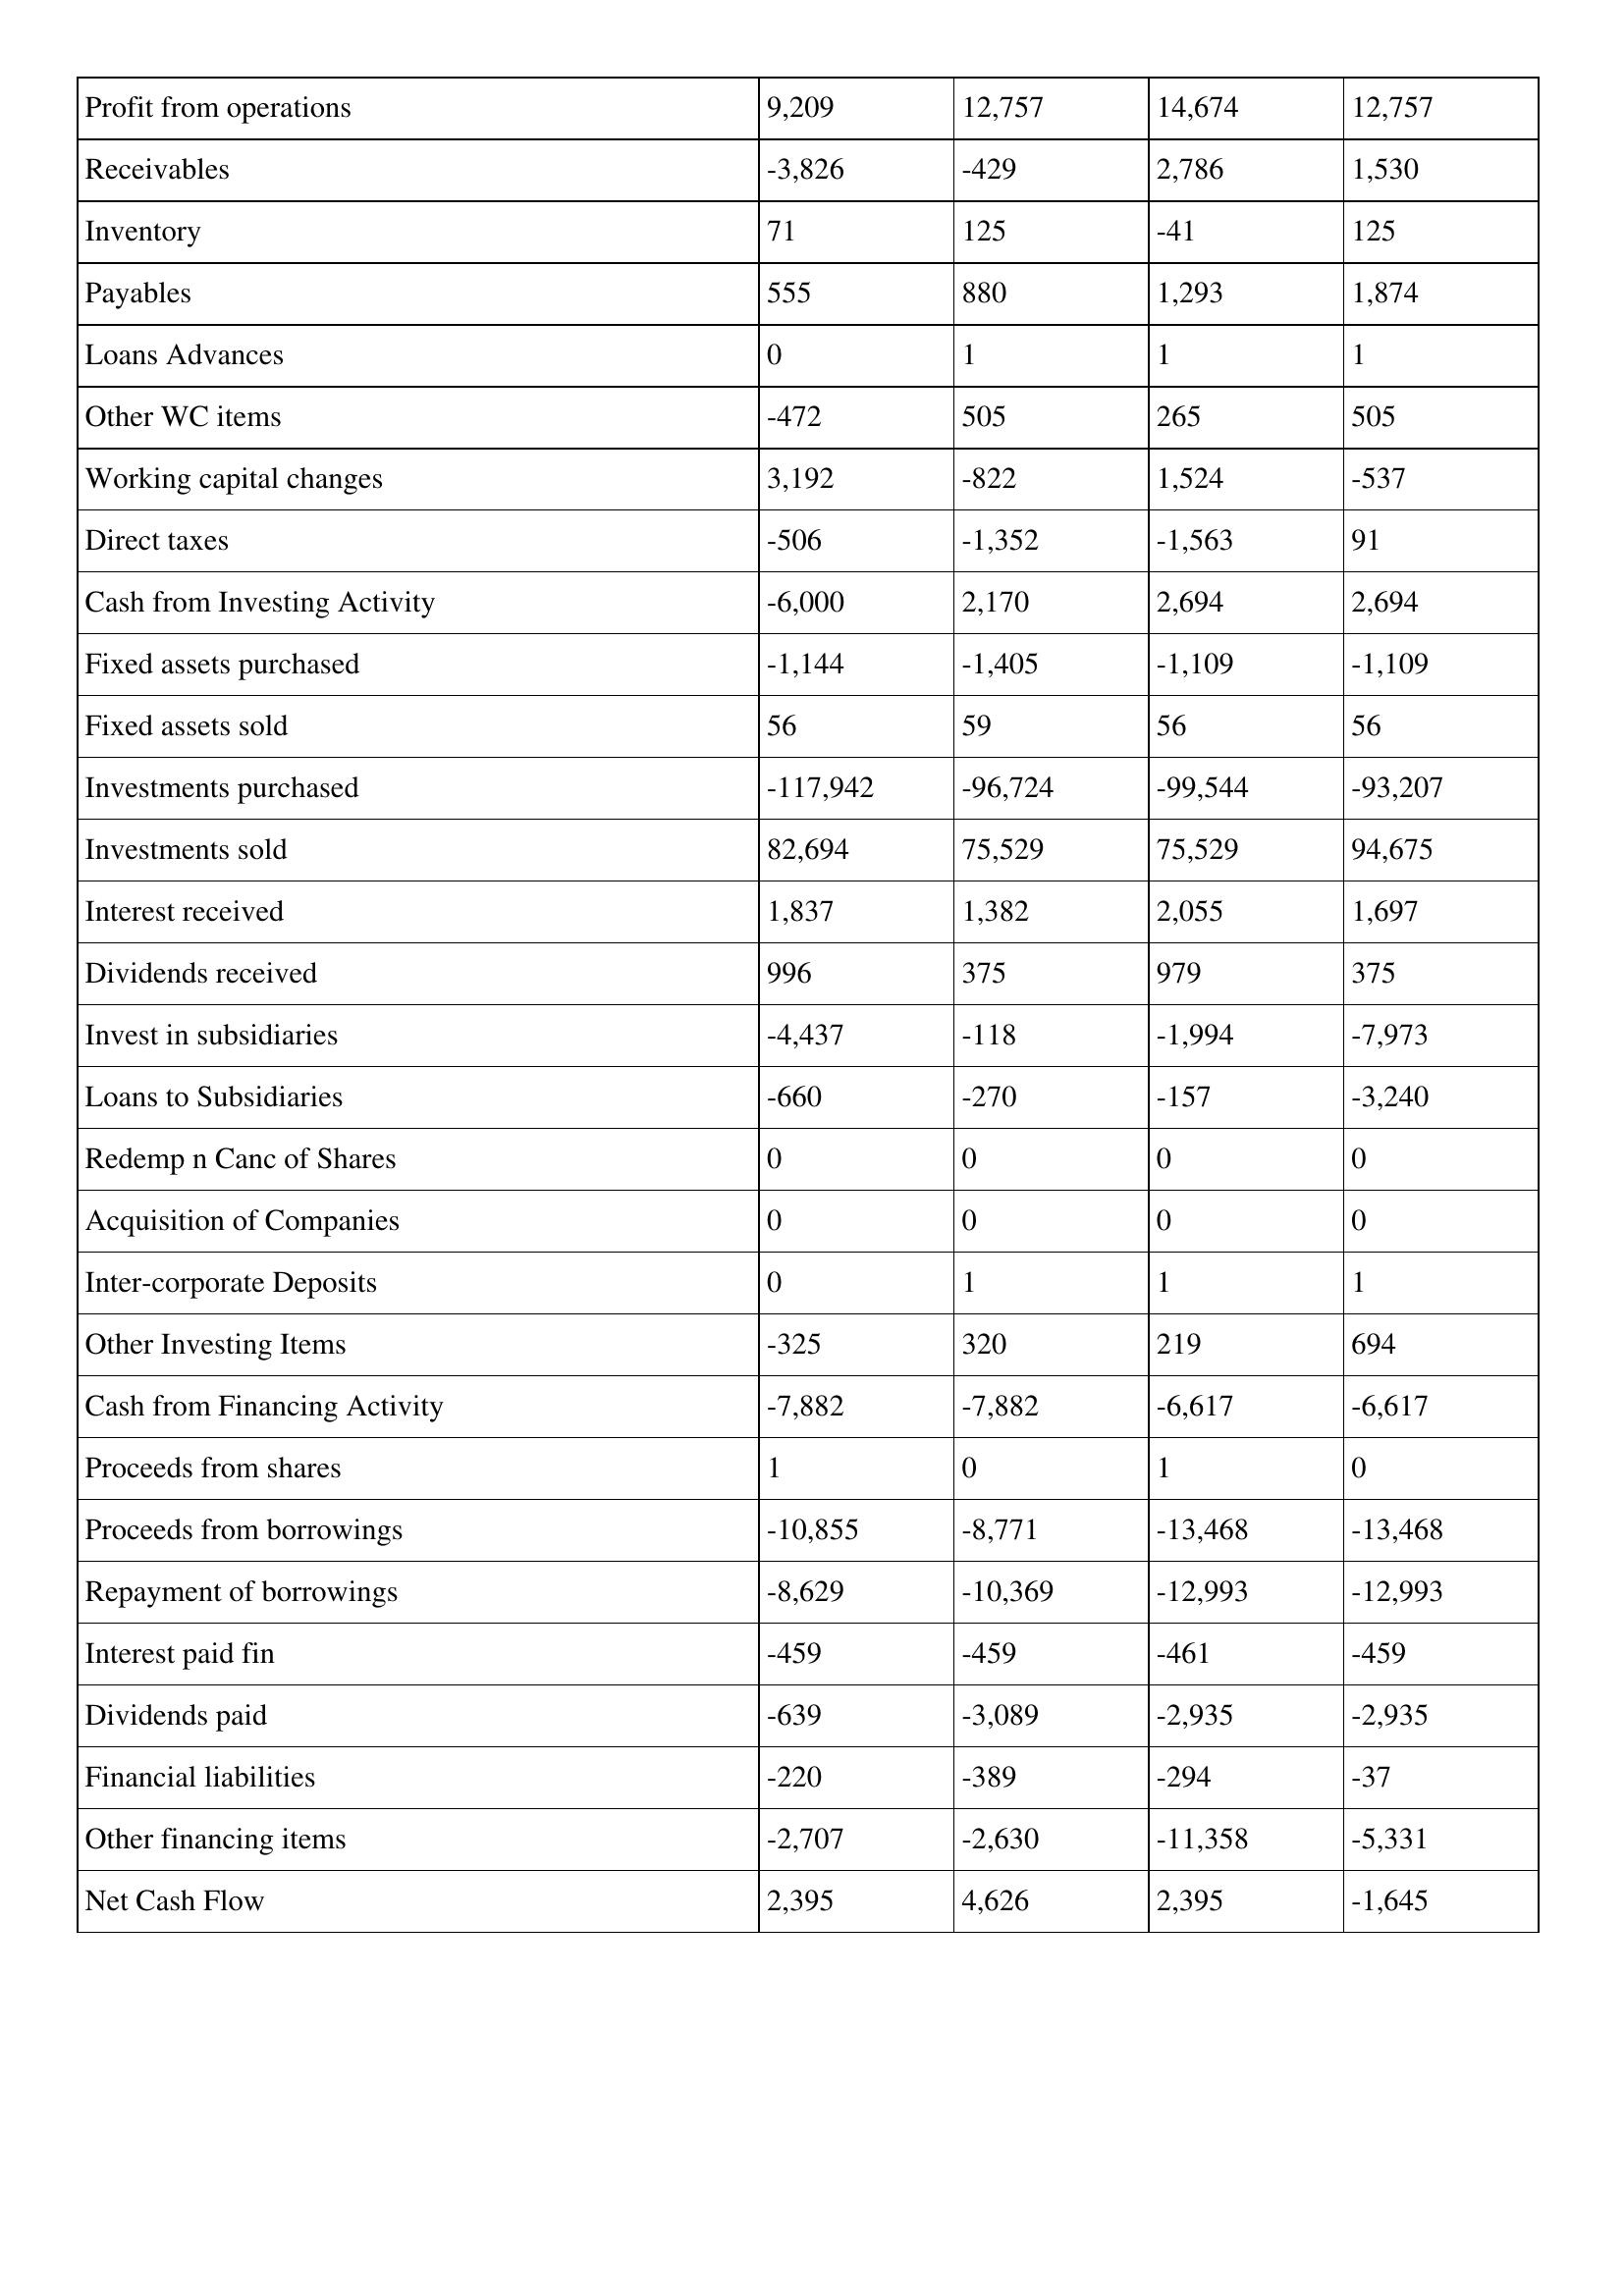
gt_parse: 2006: Cash Flows: Profit from operations: 9,209
Receivables: -3,826
Inventory: 71
Payables: 555
Loans Advances: 0
Other WC items: -472
Working capital changes: 3,192
Direct taxes: -506
Cash from Investing Activity: -6,000
Fixed assets purchased: -1,144
Fixed assets sold: 56
Investments purchased: -117,942
Investments sold: 82,694
Interest received: 1,837
Dividends received: 996
Invest in subsidiaries: -4,437
Loans to Subsidiaries: -660
Redemp n Canc of Shares: 0
Acquisition of Companies: 0
Inter-corporate Deposits: 0
Other Investing Items: -325
Cash from Financing Activity: -7,882
Proceeds from shares: 1
Proceeds from borrowings: -10,855
Repayment of borrowings: -8,629
Interest paid fin: -459
Dividends paid: -639
Financial liabilities: -220
Other financing items: -2,707
Net Cash Flow: 2,395
2005: Cash Flows: Profit from operations: 12,757
Receivables: -429
Inventory: 125
Payables: 880
Loans Advances: 1
Other WC items: 505
Working capital changes: -822
Direct taxes: -1,352
Cash from Investing Activity: 2,170
Fixed assets purchased: -1,405
Fixed assets sold: 59
Investments purchased: -96,724
Investments sold: 75,529
Interest received: 1,382
Dividends received: 375
Invest in subsidiaries: -118
Loans to Subsidiaries: -270
Redemp n Canc of Shares: 0
Acquisition of Companies: 0
Inter-corporate Deposits: 1
Other Investing Items: 320
Cash from Financing Activity: -7,882
Proceeds from shares: 0
Proceeds from borrowings: -8,771
Repayment of borrowings: -10,369
Interest paid fin: -459
Dividends paid: -3,089
Financial liabilities: -389
Other financing items: -2,630
Net Cash Flow: 4,626
2004: Cash Flows: Profit from operations: 14,674
Receivables: 2,786
Inventory: -41
Payables: 1,293
Loans Advances: 1
Other WC items: 265
Working capital changes: 1,524
Direct taxes: -1,563
Cash from Investing Activity: 2,694
Fixed assets purchased: -1,109
Fixed assets sold: 56
Investments purchased: -99,544
Investments sold: 75,529
Interest received: 2,055
Dividends received: 979
Invest in subsidiaries: -1,994
Loans to Subsidiaries: -157
Redemp n Canc of Shares: 0
Acquisition of Companies: 0
Inter-corporate Deposits: 1
Other Investing Items: 219
Cash from Financing Activity: -6,617
Proceeds from shares: 1
Proceeds from borrowings: -13,468
Repayment of borrowings: -12,993
Interest paid fin: -461
Dividends paid: -2,935
Financial liabilities: -294
Other financing items: -11,358
Net Cash Flow: 2,395
2003: Cash Flows: Profit from operations: 12,757
Receivables: 1,530
Inventory: 125
Payables: 1,874
Loans Advances: 1
Other WC items: 505
Working capital changes: -537
Direct taxes: 91
Cash from Investing Activity: 2,694
Fixed assets purchased: -1,109
Fixed assets sold: 56
Investments purchased: -93,207
Investments sold: 94,675
Interest received: 1,697
Dividends received: 375
Invest in subsidiaries: -7,973
Loans to Subsidiaries: -3,240
Redemp n Canc of Shares: 0
Acquisition of Companies: 0
Inter-corporate Deposits: 1
Other Investing Items: 694
Cash from Financing Activity: -6,617
Proceeds from shares: 0
Proceeds from borrowings: -13,468
Repayment of borrowings: -12,993
Interest paid fin: -459
Dividends paid: -2,935
Financial liabilities: -37
Other financing items: -5,331
Net Cash Flow: -1,645